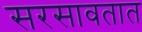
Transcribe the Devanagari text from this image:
सरसावतात